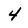
Character: 4